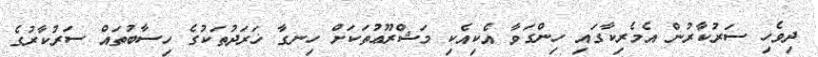
ދިވެހި ސަރުކާރުން އެމެރިކާގައި ހިންގަވާ އެކިއެކި މަޝްރޫޢުތަކަށް ހިނގާ ޚަރަދުތަކުގެ ހިސާބުތައް ސަރުކާރުގެ